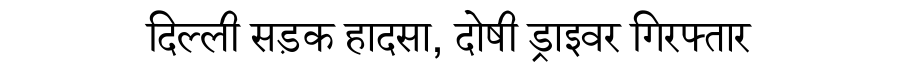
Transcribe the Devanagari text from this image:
दिल्ली सड़क हादसा, दोषी ड्राइवर गिरफ्तार